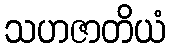
သဟဇာတိယံ